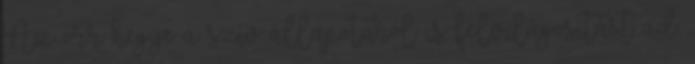
Az orr hegye a szív állapotáról is felvilágosítást ad,